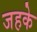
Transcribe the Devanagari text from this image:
जहके